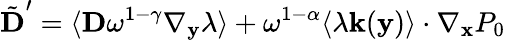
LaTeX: \tilde{\textbf{D}}^{\prime}=\langle\textbf{D}\omega^{1-\gamma}\nabla_{\mathbf y}\lambda\rangle+\omega^{1-\alpha}\langle\lambda\mathbf k(\mathbf y)\rangle\cdot\nabla_{\mathbf x}P_{0}